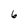
Character: 6